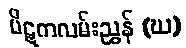
ပိဋကလမ်းညွှန် (ဃ)